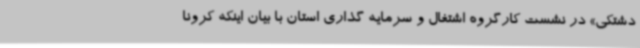
دشتکی» در نشست کارگروه اشتغال و سرمایه گذاری استان با بیان اینکه کرونا